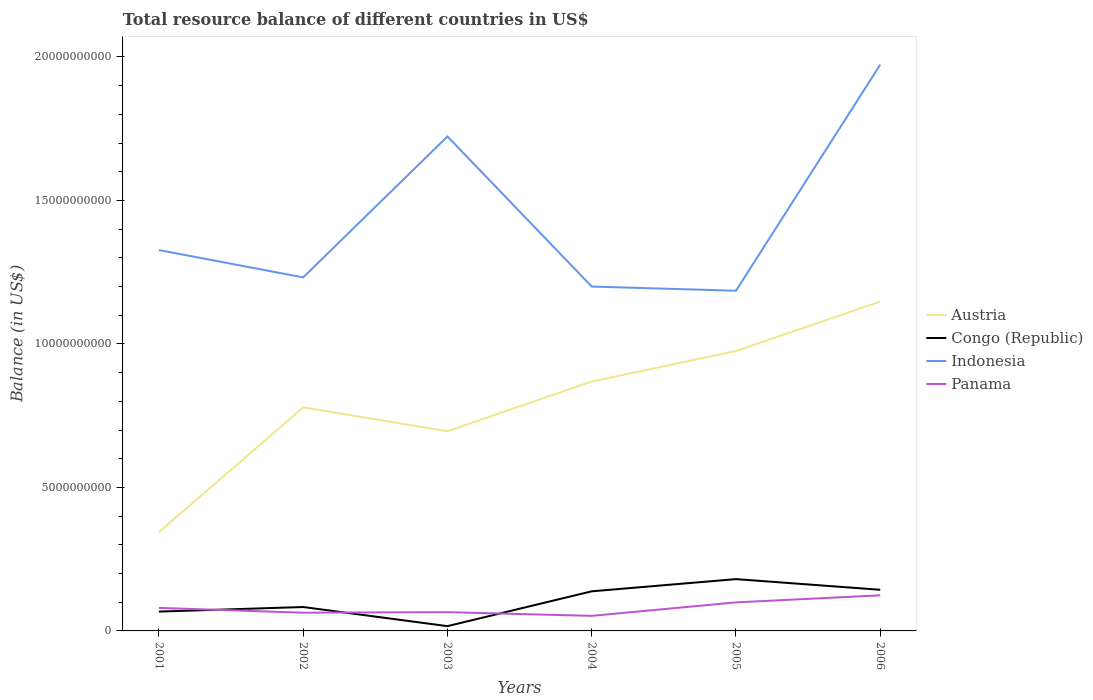
| Years | Austria | Congo (Republic) | Indonesia | Panama |
 | --- | --- | --- | --- | --- |
 | 2001 | 3.44e+09 | 6.74e+08 | 1.33e+10 | 8.03e+08 |
 | 2002 | 7.79e+09 | 8.33e+08 | 1.23e+10 | 6.35e+08 |
 | 2003 | 6.96e+09 | 1.67e+08 | 1.72e+10 | 6.54e+08 |
 | 2004 | 8.69e+09 | 1.38e+09 | 1.2e+10 | 5.25e+08 |
 | 2005 | 9.75e+09 | 1.8e+09 | 1.19e+10 | 9.95e+08 |
 | 2006 | 1.15e+10 | 1.43e+09 | 1.97e+10 | 1.24e+09 |